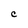
Character: C